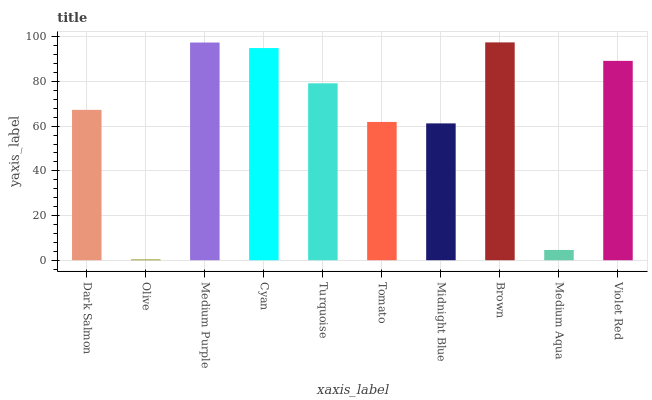
| xaxis_label | bars |
 | --- | --- |
 | Dark Salmon | 67.3 |
 | Olive | 0.33 |
 | Medium Purple | 97.4 |
 | Cyan | 94.9 |
 | Turquoise | 79.2 |
 | Tomato | 61.9 |
 | Midnight Blue | 61.2 |
 | Brown | 97.5 |
 | Medium Aqua | 4.6 |
 | Violet Red | 89.2 |